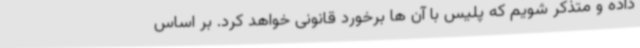
داده و متذکر شویم که پلیس با آن ها برخورد قانونی خواهد کرد. بر اساس